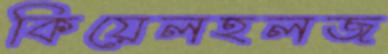
কিয়েলহলজ